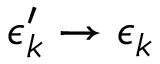
\epsilon _ { k } ^ { \prime } \rightarrow \epsilon _ { k }